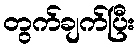
တွက်ချက်ပြီး